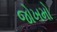
જોખમો